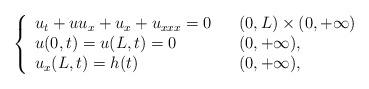
LaTeX: \begin{align*}\left\{\begin{array}[c]{lll}u_{t}+uu_x+u_{x}+u_{xxx}=0 & & (0,L)\times (0,+\infty) \\u(0,t)=u(L,t)=0 & & ( 0,+\infty),\\u_x(L,t)=h(t) & & ( 0,+\infty),\end{array}\right. \end{align*}